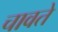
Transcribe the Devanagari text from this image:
चावते